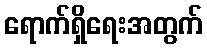
ရောက်ရှိရေးအတွက်